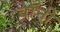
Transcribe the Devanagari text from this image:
बाॅनी